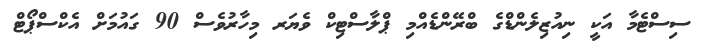
ސިސްޓެމާ އަކީ ނިއުޒިލެންޑްގެ ބްރޭންޑެއްމި ޕްލާސްޓިކް ވެޔަރ މިހާރުވެސް 90 ގައުމަށް އެކްސްޕޯޓް